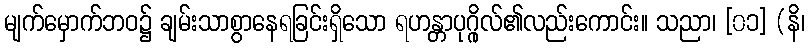
မျက်မှောက်ဘဝ၌ ချမ်းသာစွာနေရခြင်းရှိသော ရဟန္တာပုဂ္ဂိုလ်၏လည်းကောင်း။ သညာ၊ [၀၁] (နိ၊